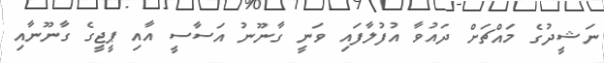
ނަޝީދުގެ މައްޗަށް ދައުވާ އުފުލާފައި ވަނީ ގާނޫނު އަސާސީ އާއި ޕީޖީގެ ގާނޫނާއި